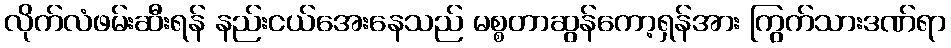
လိုက်လံဖမ်းဆီးရန် နည်းငယ်အေးနေသည် မစ္စတာဆွန်ကော့ရှန်အား ကြွက်သားဒဏ်ရာ